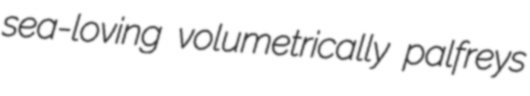
sea-loving volumetrically palfreys